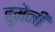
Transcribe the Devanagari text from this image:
हुमेनी